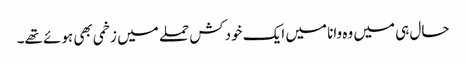
حال ہی میں وہ وانا میں ایک خودکش حملے میں زخمی بھی ہوئے تھے۔